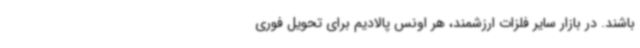
باشند. در بازار سایر فلزات ارزشمند، هر اونس پالادیم برای تحویل فوری